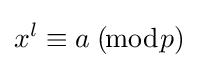
x^{l}\equiv a\;(\!{\bmod {p}})